Vaccination in the Punjab 1883-1896 - 1883-1896
Year: 1883
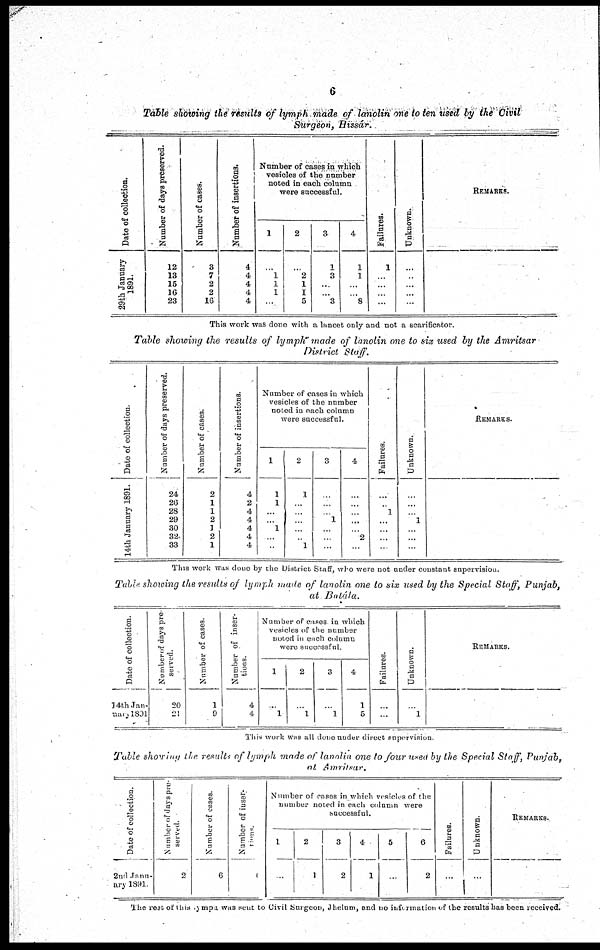
6
Table showing the results of lymph made of lanolin one to ten used by the Civil
Surgeon, Hissár.
Date of collection.
29th January
1891.
Number of days preserved.
12
13
15
16
23
Number of cases.
3
7
2
2
16
Number of insertions.
4
4
4
4
4
Number of cases in which
vesicles of the number
noted in each column
were successful.
1
...
1
1
1
...
2
...
2
1
1
5
3
1
3
...
...
3
4
1
1
...
... 8
Failures.
1
...
...
...
...
Unknown.
...
...
...
...
...
REMARKS.
This work was done with a lancet only and not a scarificator.
Table showing the results of lymph made of lanolin one to six used by the Amritsar
District Staff.
Date of collection.
14th January 1891.
Number of days preserved.
24
26
28
29
30
32
33
Number of cases.
2
1
1
2
1
2
1
Number of insertions.
4
2
4
4
4
4
4
Number of cases in which
vesicles of the number
noted in each column
were successful.
1
1
1
...
...
1
...
...
2
1
...
...
...
...
...
1
3
...
...
...
1
...
...
...
4
...
...
...
...
...
2
...
Failures.
...
...
1
...
...
...
...
Unknown.
...
...
...
1
...
...
...
REMARKS.
This work was done by the District Staff, who were not under constant supervision.
Table showing the results of lymph made of lanolin one to six used by the Special Staff, Punjab,
at Batála.
Date of collection.
14th Jan¬
uary,1891
Number of days pre¬
served.
20
21
Number of cases.
1
9
Number of inser-
tions.
4
4
Number of cases in which
vesicles of the number
noted in each column
were successful
1
...
1
2
...
1
3
...
1
4
1
5
Failures.
...
...
Unknown.
...
1
REMARKS.
This work was all done under direct supervision
Table showing the results of lymph made of lanolin one to four used by the Special Staff, Punjab,
at Amritsar.
Date of collection.
2nd Janu-
ary 1891
Number of days pre¬
served.
2
Number of cases
6
Number of inser¬
tions.
0
Number of cases in which vesicles of the
number noted in each column were
successful.
1
...
2
1
3
2
4
1
5
...
6
2
Failures.
...
Unknown.
...
REMARKS.
The rest of this lymph was sent to Civil Surgeon, Jhelum, and no information of the results has been received.